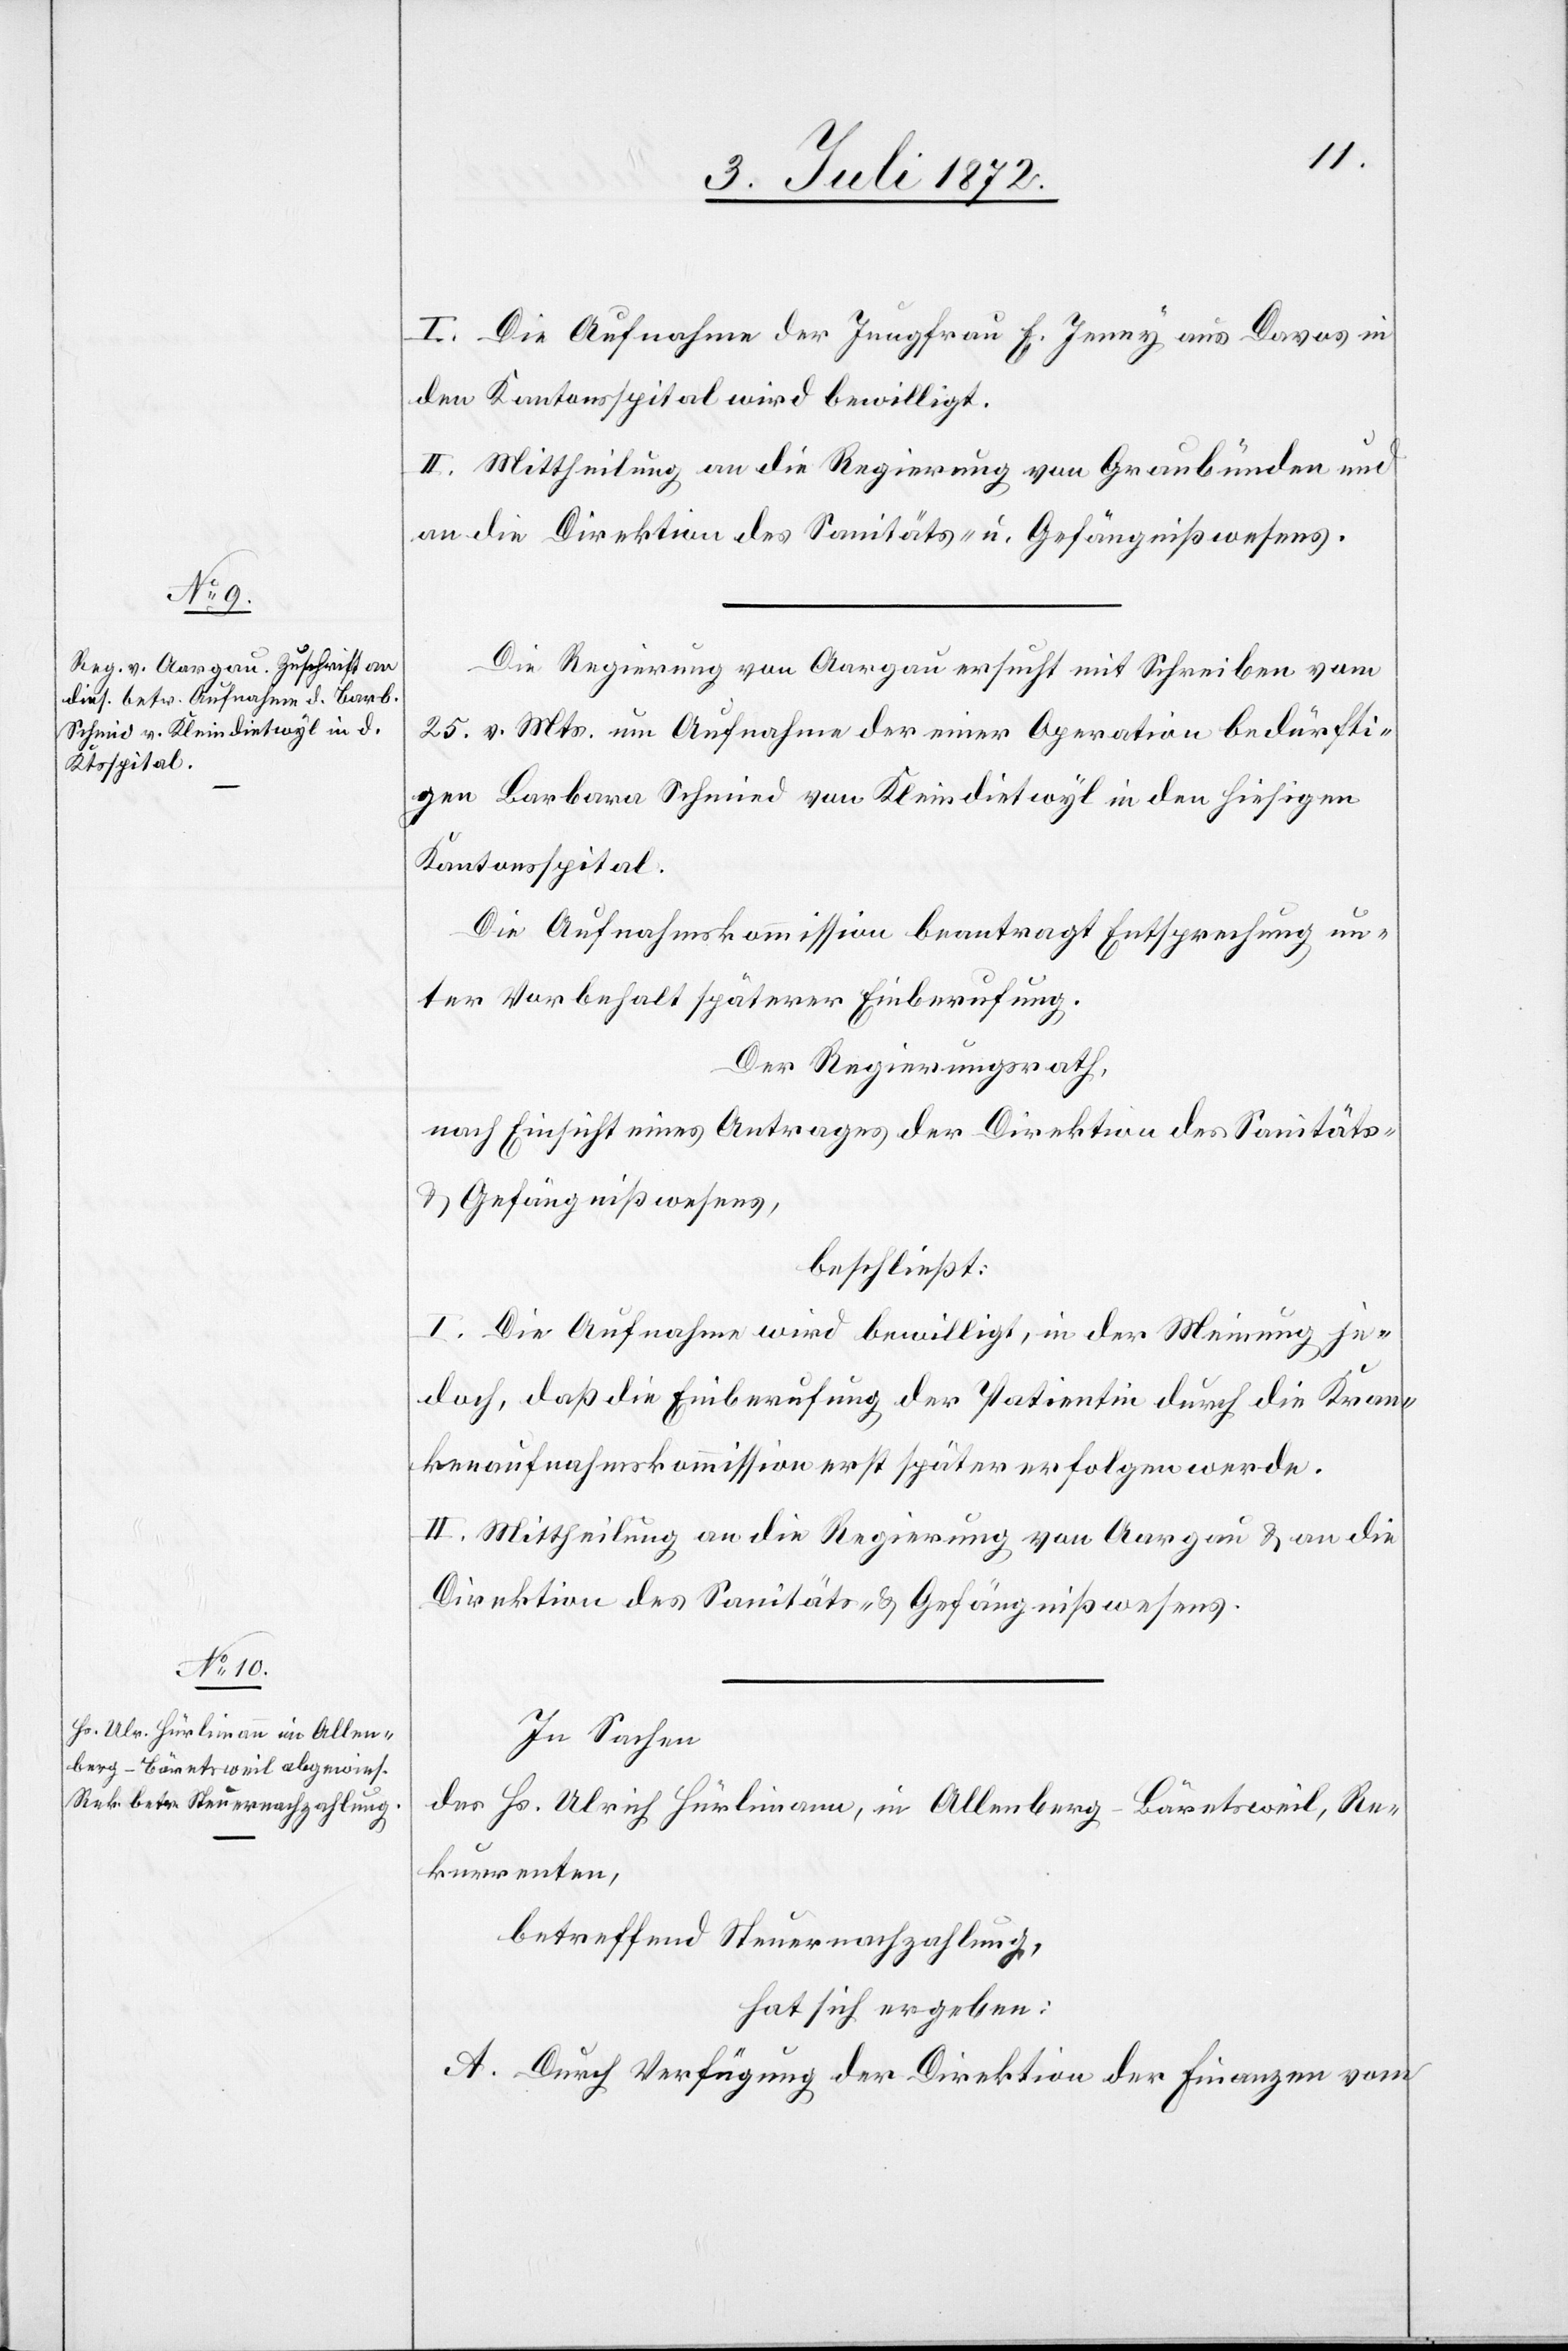
I. Die Aufnahme der Jungfrau E. Jenny aus Davos in
den Kantonsspital wird bewilligt.
II. Mittheilung an die Regierung von Graubünden und
an die Direktion des Sanitäts- u. Gefängnißwesens.
Die Regierung von Aargau ersucht mit Schreiben vom
25. v. Mts. um Aufnahme der einer Operation bedürfti¬
gen Barbara Schmid von Kleindietwyl in den hiesigen
Kantonsspital.
Die Aufnahmskommission beantragt Entsprechung un¬
ter Vorbehalt späterer Einberufung.
Der Regierungsrath,
nach Einsicht eines Antrages der Direktion des Sanitäts-
u. Gefängnißwesens,
beschließt:
I. Die Aufnahme wird bewilligt, in der Meinung je¬
doch, daß die Einberufung der Patientin durch die Kran¬
kenaufnahmskommission erst später erfolgen werde.
II. Mittheilung an die Regierung von Aargau u. an die
Direktion des Sanitäts- u. Gefängnißwesens.
In Sachen
des Hs. Ulrich Hürlimann, in Allenberg-Bäretsweil, Re¬
kurrenten,
betreffend Steuernachzahlung,
hat sich ergeben:
A. Durch Verfügung der Direktion der Finanzen vom